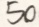
5 0